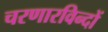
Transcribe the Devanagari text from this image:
चरणारविन्दों